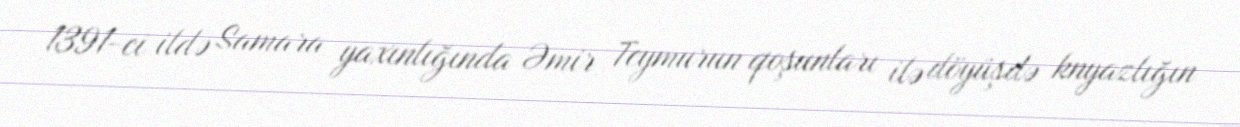
1391-ci ildə Samara yaxınlığında Əmir Teymurun qoşunları ilə döyüşdə knyazlığın